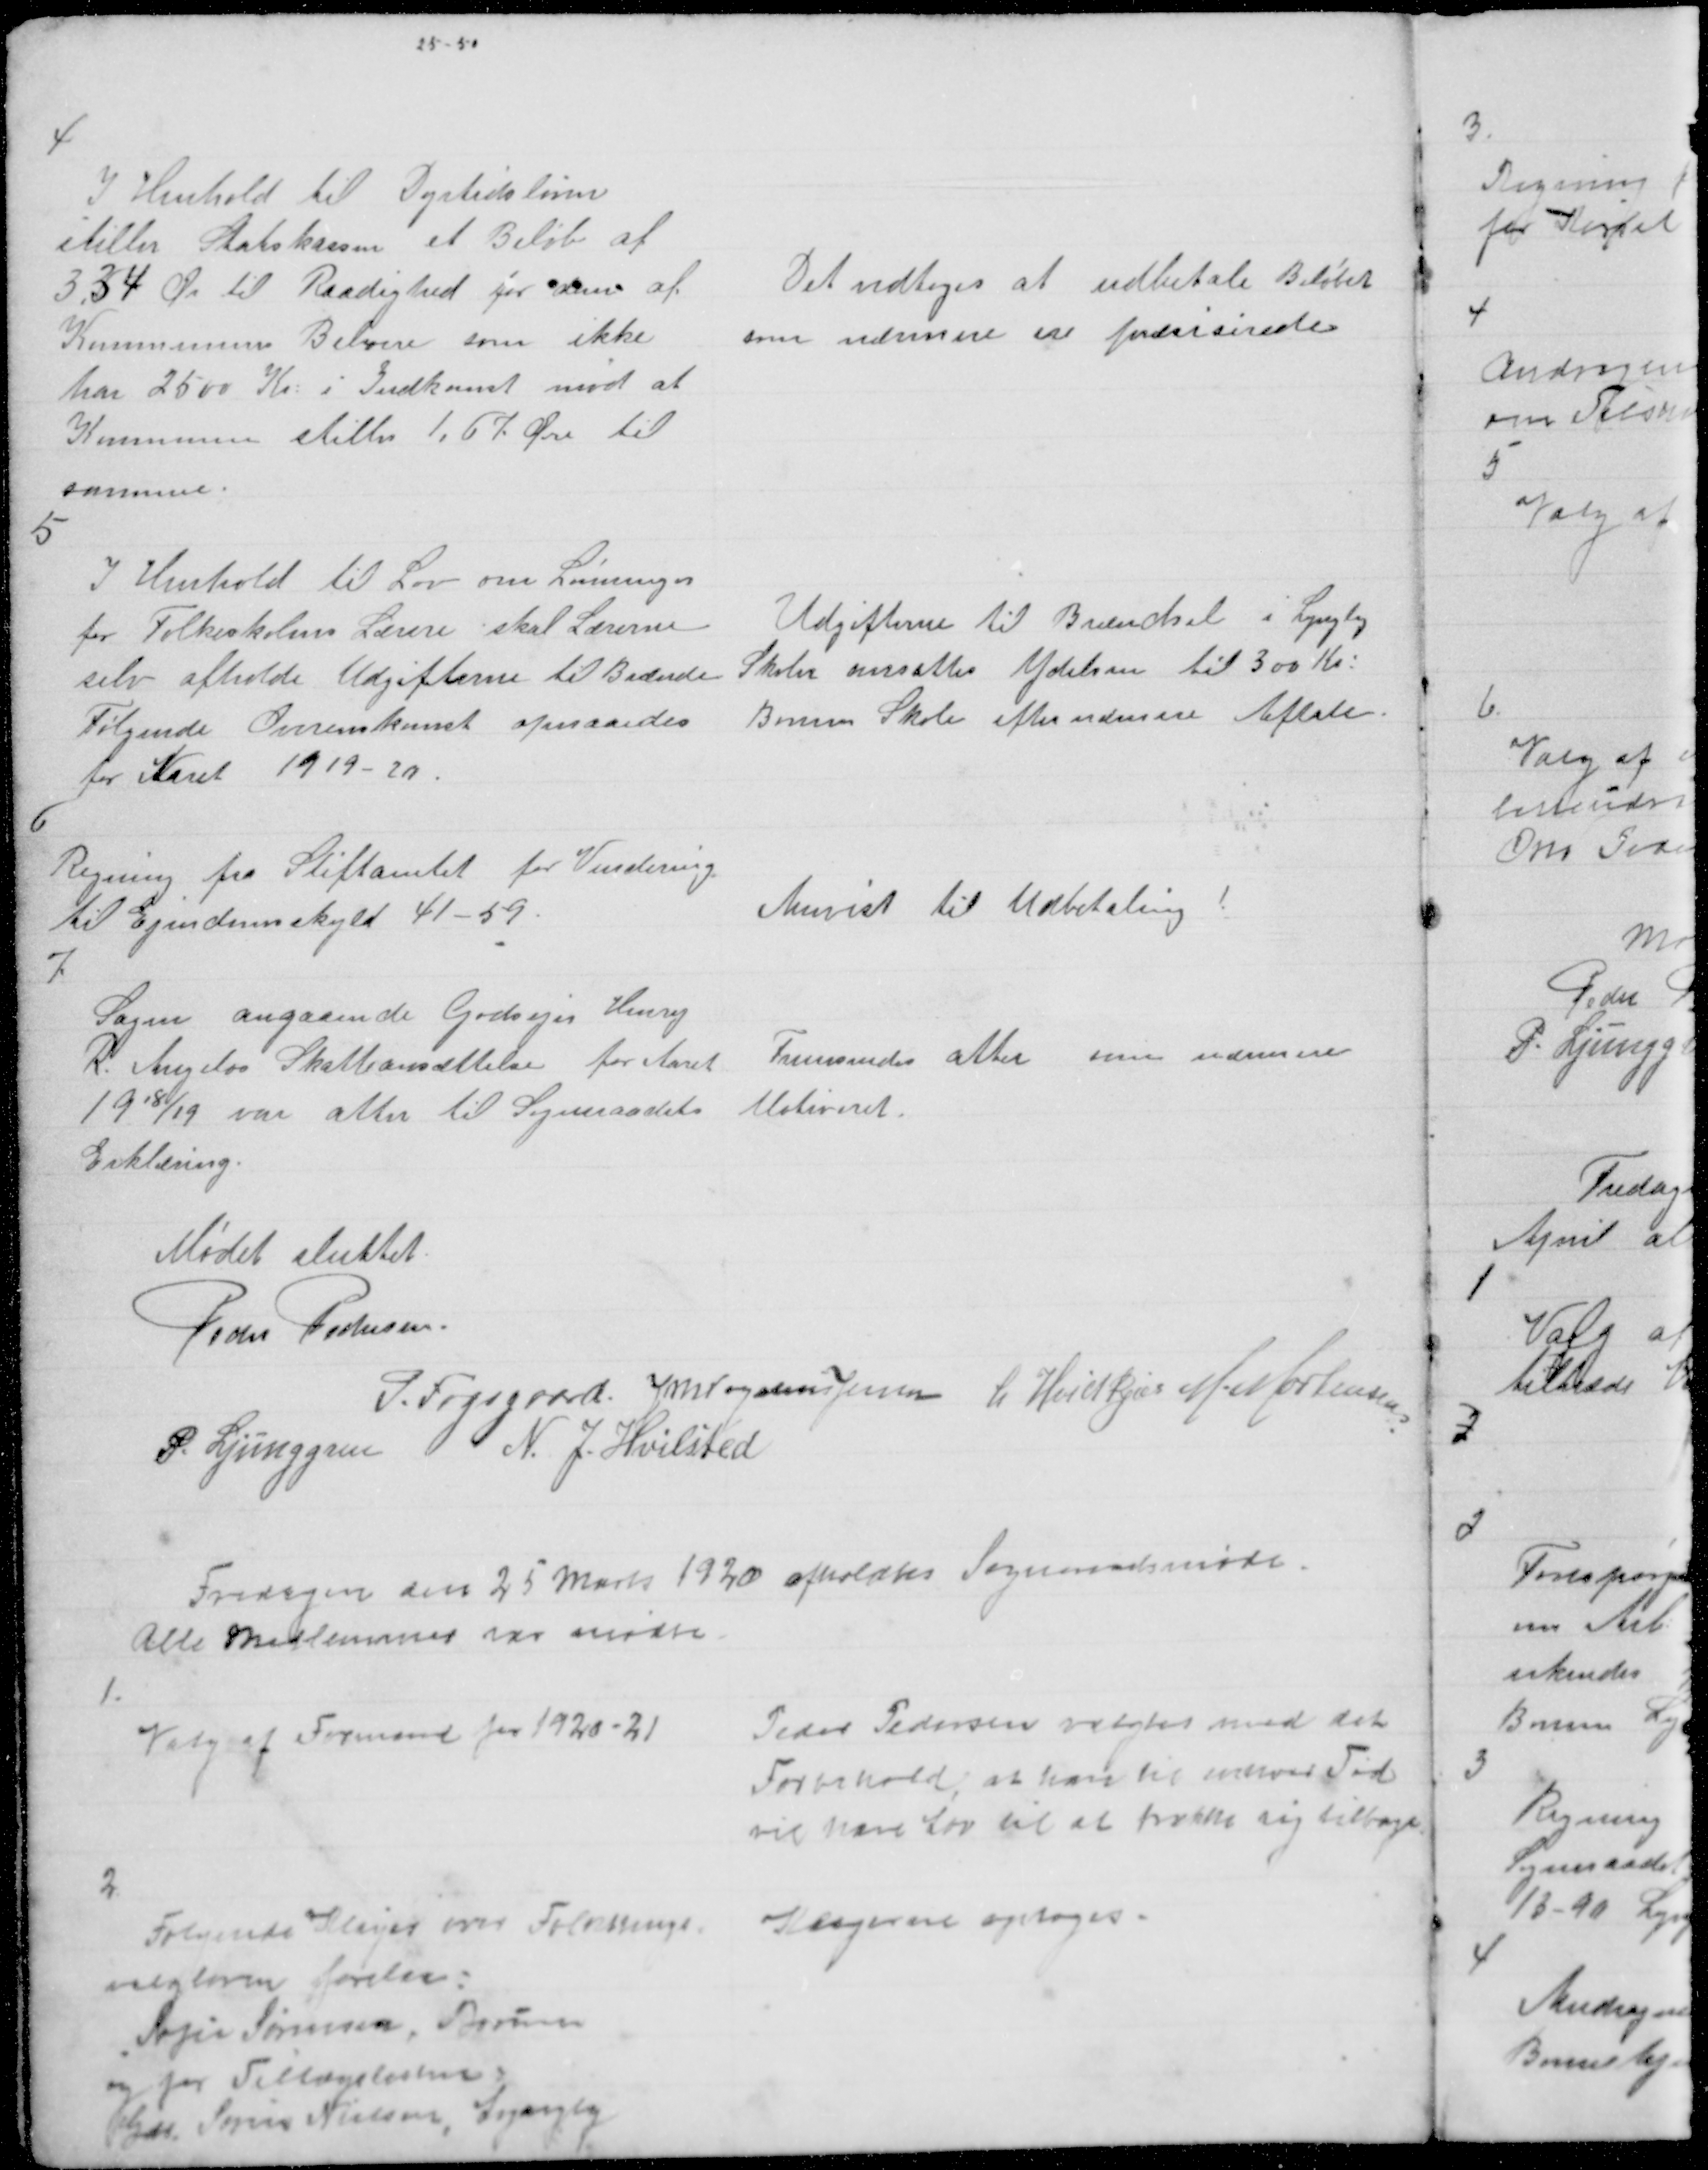
Transskription:
4

I Henhold til Dyrtidsloven
stiller Statskassen et Beløb af
3.34 Øre til Raadighed for dem af
Kommunens Beboere som ikke
har 2500 Kr: i Indkomst mod at
Kommunen stiller 1,67 Øre til
samme.

Det vedtoges at udbetale Beløbet
som nærmere ere præsisirede

5

I Henhold til Lov om Lønninger
for Folkeskolens Lærere skal Lærerne
selv afholde Udgifterne til Brænde
Følgende Overenskomst opnaaedes
for Aaret 1919 - 20

Udgifterne til Brændsel i Lyngby
Skole ansattes Ydelsen til 300 Kr:
Borum Skole efter nærmere Aftale.

6

Regning fra Stiftamtet for Vurdering
til Ejendomsskyld 41 - 59.

Anvist til Udbetaling !

7

Sagen angaaende Godsejer Henry
R. Angelos Skattenedsættelse for Aaret
1918/19 var atter til Sogneraadets
Erklæring.

Frensendes atter men nærmere
Motiveret.

Mødet sluttet
Peder Pedersen.
P. Fogsgaard J M Vogelius Jensen L Hvidkjær M. Mortensen
P. Ljunggren
N. J. Hvilsted

Fredagen den 25 Marts 1920 afholdtes Sogneraadsmøde
Alle Medlemmer vare Mødte

1.

Valg af Formand 1920-21

Peder Pedersen valgtes med det
Forbehold, at han til enhver Tid
vil have Lov til at trække sig tilbage.

2

Følgende Klager over Folketings
valgloven forelaa:
Sofie Sørensen, Borum
og for Tillægslisten
Gdr: Søren Nielsen, Lyngby

Klagerne optoges